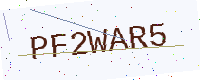
Text: PF2WAR5